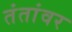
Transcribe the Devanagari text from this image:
तंतांवर